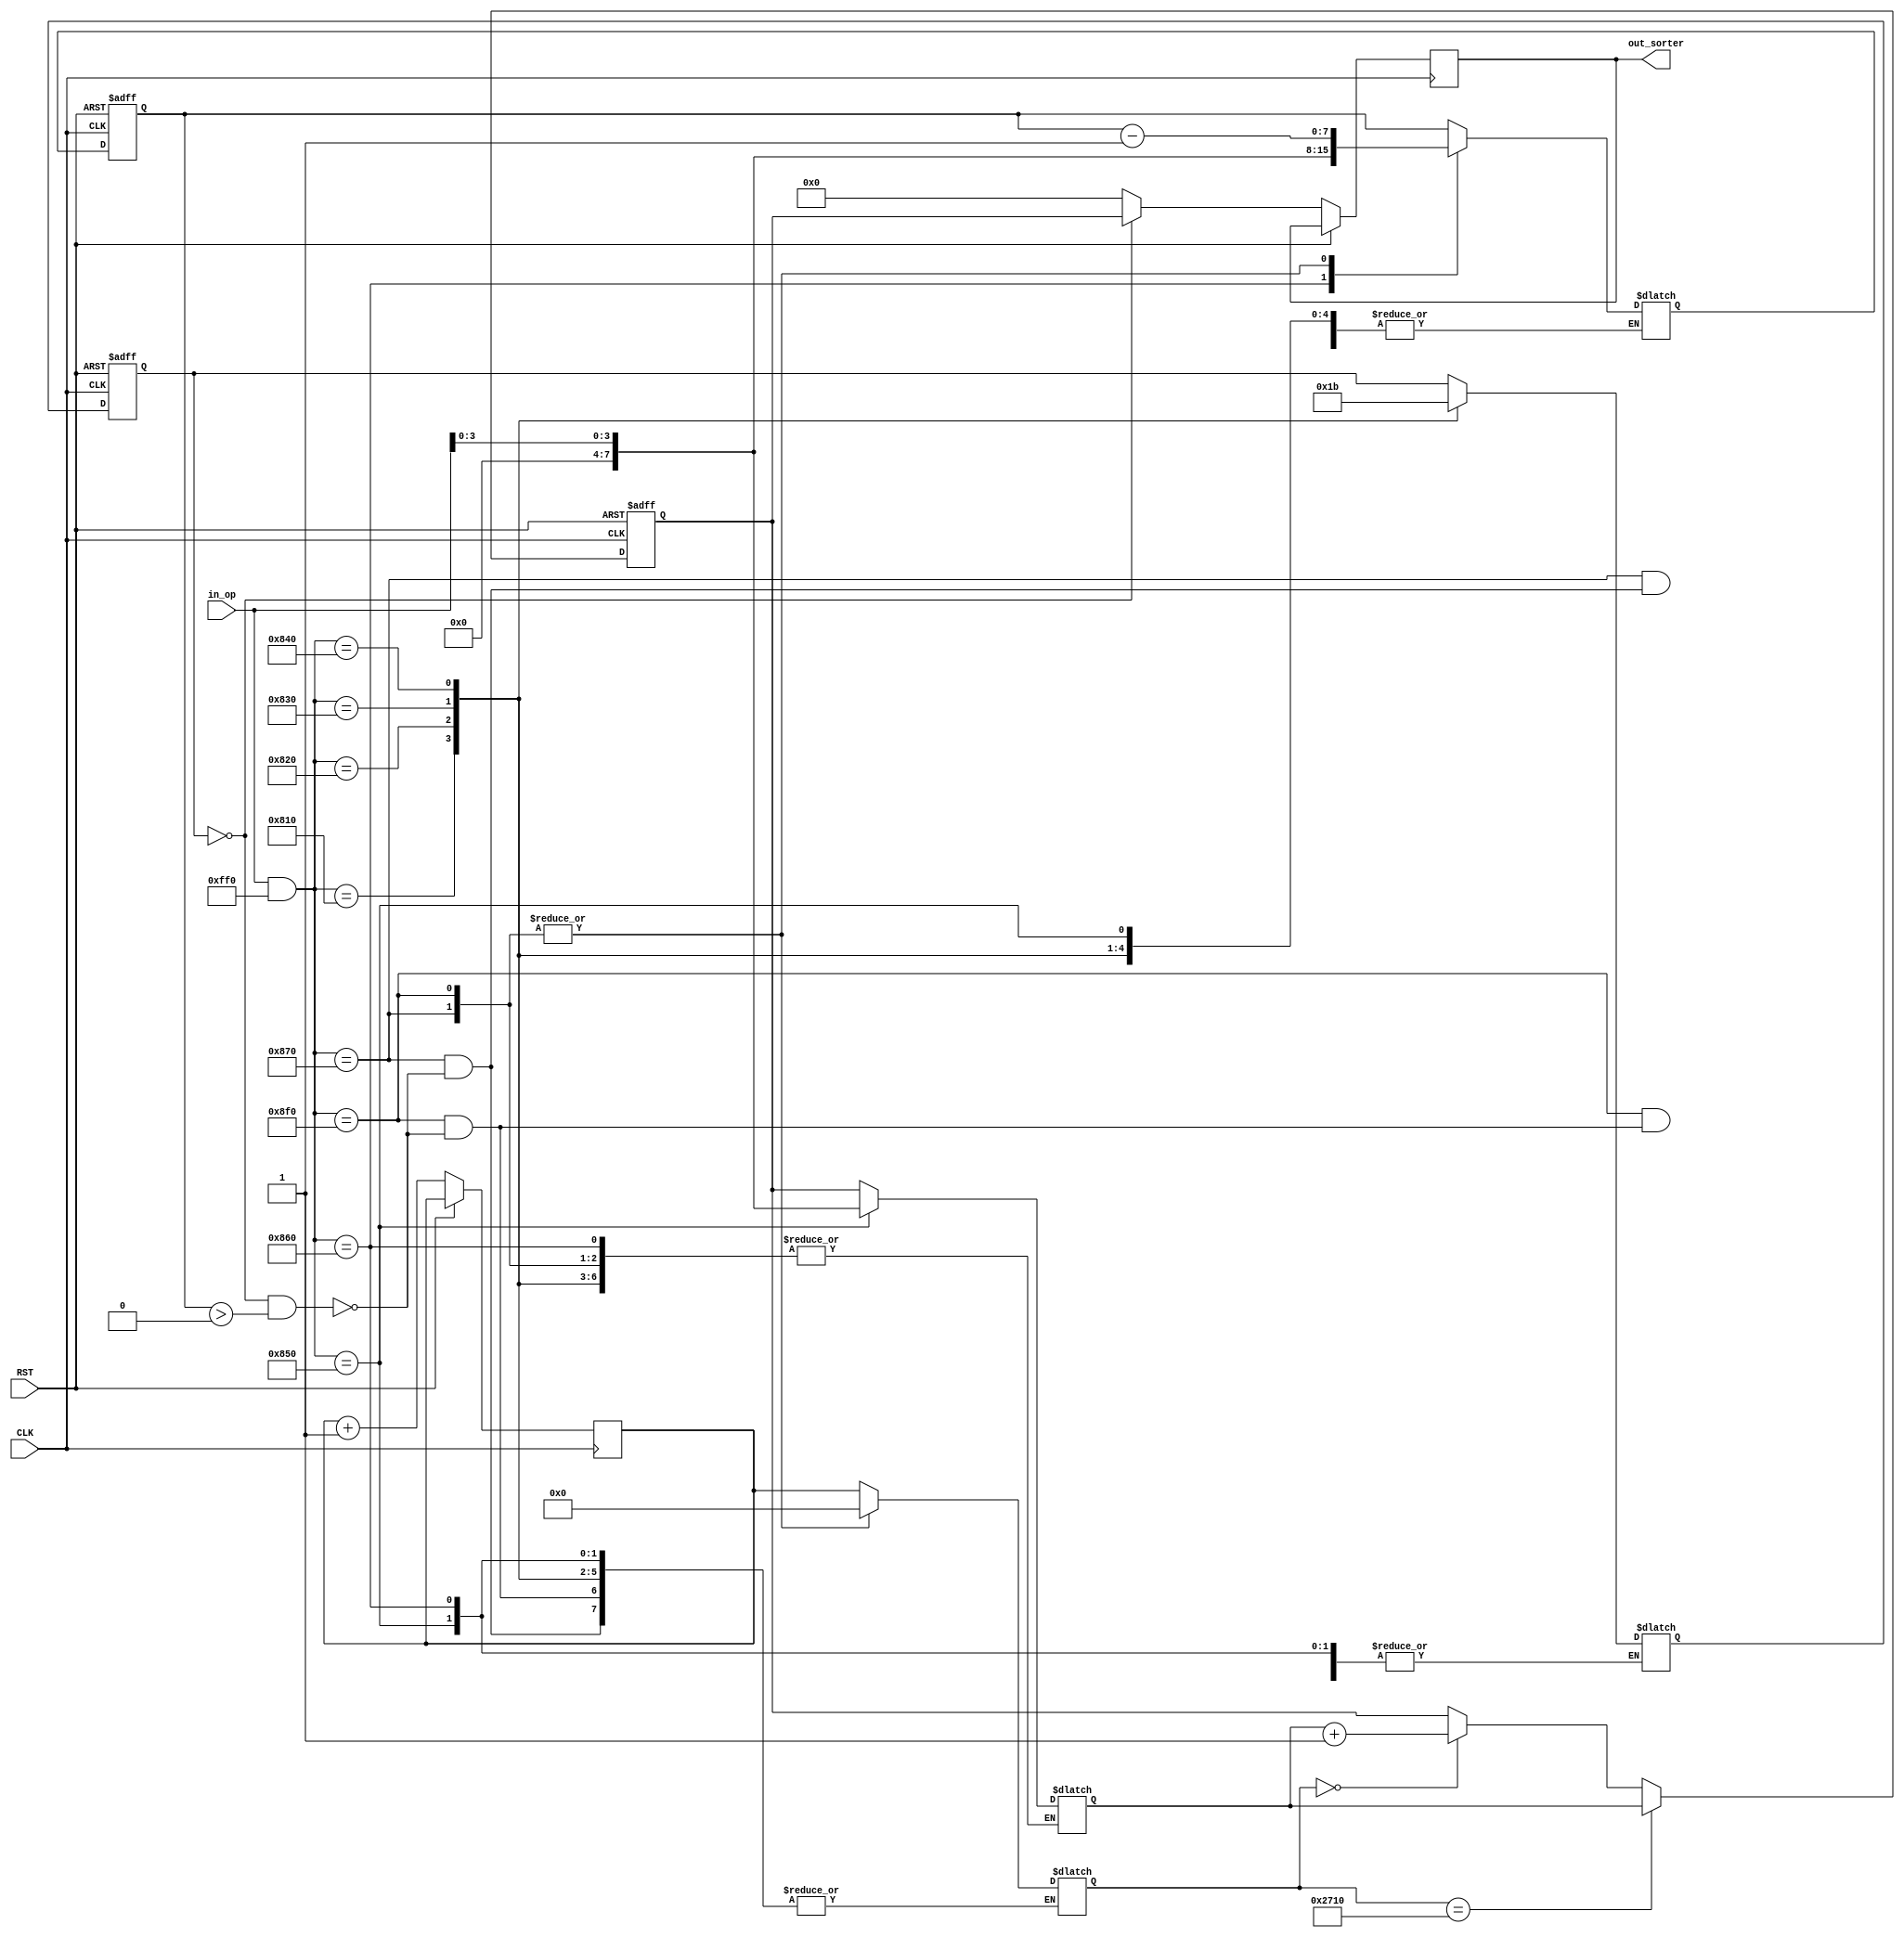
module task7(
    input CLK,
	 input RST,
    input [15:0] in_op,
    output wire [7:0] out_sorter
    );

    // Initial values

    reg [1:0] state = 2'b00;
    reg [1:0] next_state;
    reg [7:0] task_priority = 8'b00000000;
    reg [7:0] next_priority = 8'b00000000;
    reg [7:0] exe_hit = 8'b10000000;
    reg [7:0] next_exe_hit;
    reg [7:0] id_plus_prty;
    reg [31:0] r_counter = 32'b0;
	 reg [31:0] next_r_counter = 32'b0;

    localparam task_id = 8'b00001000;

    // States
    // ---------------------
    // 00 | Ready
    // 01 | Suspended
    // 10 | Wait
    // 11 | Terminated
    // ---------------------



    always @(*) begin
        // Operation cases
        // ---------------------
        // 1111 | Confirm execution
        // 0001 | Ready          
        // 0010 | Suspend                    
        // 0011 | Wait                        
        // 0100 | Kill                      
        // 0101 | Increase priority          
        // 0110 | Increase execution hit 
        // 1100 | Kill                       
        // 0000 | Not defined
        // ---------------------

        case (in_op & 16'b0000111111110000)
            // ---------------------
            // Particular State change
            // ---------------------
            16'b0000100000010000: next_state = 2'b00; // Ready : 0001
            16'b0000100000100000: next_state = 2'b01; // Suspend : 0010
            16'b0000100000110000: next_state = 2'b10; // Wait : 0011
            16'b0000100001000000: next_state = 2'b11; // Kill : 0100
			
            // ---------------------------------------------------------
			
            16'b0000100001010000: next_priority = in_op[3:0]; // Increase priority : 0101
            16'b0000100001100000: next_exe_hit = in_op[3:0]; // Increase execution hit : 0110
			
            16'b0000100001110000: begin // Execute
                if (state == 2'b00 && exe_hit > 0) begin
                    next_exe_hit = exe_hit - 1;
                    next_r_counter <= 0;
                end
            end
			
            16'b0000100011110000: begin // Finish execution
                if (state == 2'b00 && exe_hit > 0) begin
                    next_exe_hit = exe_hit - 1;
                    next_r_counter <= 0;
                end
            end
			
            default: begin
                next_state = state;
                next_priority = task_priority;
                next_exe_hit = exe_hit;
					 next_r_counter = r_counter;
            end
        endcase
    end

    always @(posedge CLK or posedge RST) begin
        if (RST) begin
            // RST the FSM to the initial state and values
            state <= 2'b00;
            task_priority <= 8'b00000000;
            exe_hit <= 8'b10000000;
        end else begin 
			  if (state == 2'b00) begin
					id_plus_prty = {task_id, task_priority};
			  end else begin
					id_plus_prty = 8'b00000000;
			  end
			  if (next_r_counter == 10000) begin
					r_counter <= 0;
					task_priority <= next_priority;
			  end else if (next_r_counter == 0) begin
					r_counter <= 0;
					task_priority <= next_priority + 1;	
			  end
			  state <= next_state;		  
			  exe_hit <= next_exe_hit;
			  r_counter <= r_counter + 1;
		  end
    end

    assign out_sorter = id_plus_prty;

endmodule